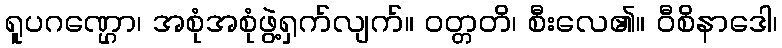
ရူပဂဏ္ဌော၊ အစုံအစုံဖွဲ့ရှက်လျက်။ ဝတ္တတိ၊ စီးလေ၏။ ဝီစိနာဒေါ၊